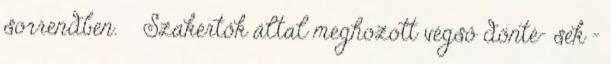
sorrendben.  Szakértők által meghozott végső dönté- sek –